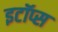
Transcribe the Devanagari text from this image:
इटॉप्स